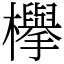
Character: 欅